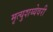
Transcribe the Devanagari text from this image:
मृत्युशय्येवरी